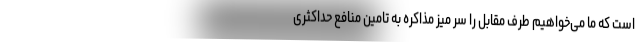
است که ما می‌خواهیم طرف مقابل را سر میز مذاکره به تامین منافع حداکثری